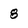
Character: 8